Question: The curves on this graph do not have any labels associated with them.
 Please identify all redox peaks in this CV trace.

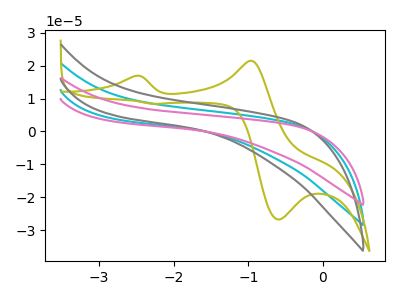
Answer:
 <answer>The cyan curve "cyan" has no peaks. The olive curve "olive" has anodic peaks at (-2.50V, 16.90uA) (-0.95V, 21.50uA) and cathodic peaks at (-0.60V, -26.80uA) (-2.30V, 8.45uA). The gray curve "gray" has no peaks. The pink curve "pink" has no peaks.</answer>
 <eval></eval>